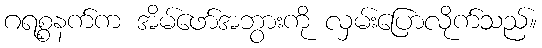
ဂရစ္စနက်က အိမ်ဖော်အဘွားကို လှမ်းပြောလိုက်သည်။